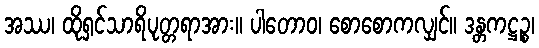
အဿ၊ ထိုရှင်သာရိပုတ္တရာအား။ ပါတောဝ၊ စောစောကလျှင်။ ဒန္တကဋ္ဌဉ္စ၊